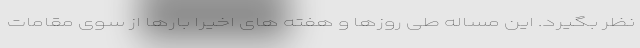
نظر بگیرد. این مساله طی روزها و هفته های اخیرا بارها از سوی مقامات